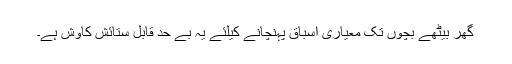
گھر بیٹھے بچوں تک معیاری اسباق پہنچانے کیلئے یہ بے حد قابل ستائش کاوش ہے۔